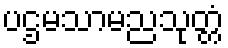
ပဌမသာမညသုတ္တံ